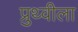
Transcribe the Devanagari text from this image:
प्रुथ्वीला